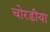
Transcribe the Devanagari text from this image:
चोरडीया